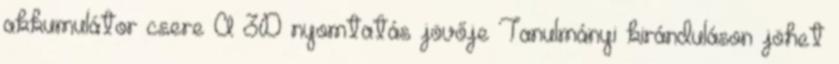
akkumulátor csere A 3D nyomtatás jövője Tanulmányi kiránduláson jöhet